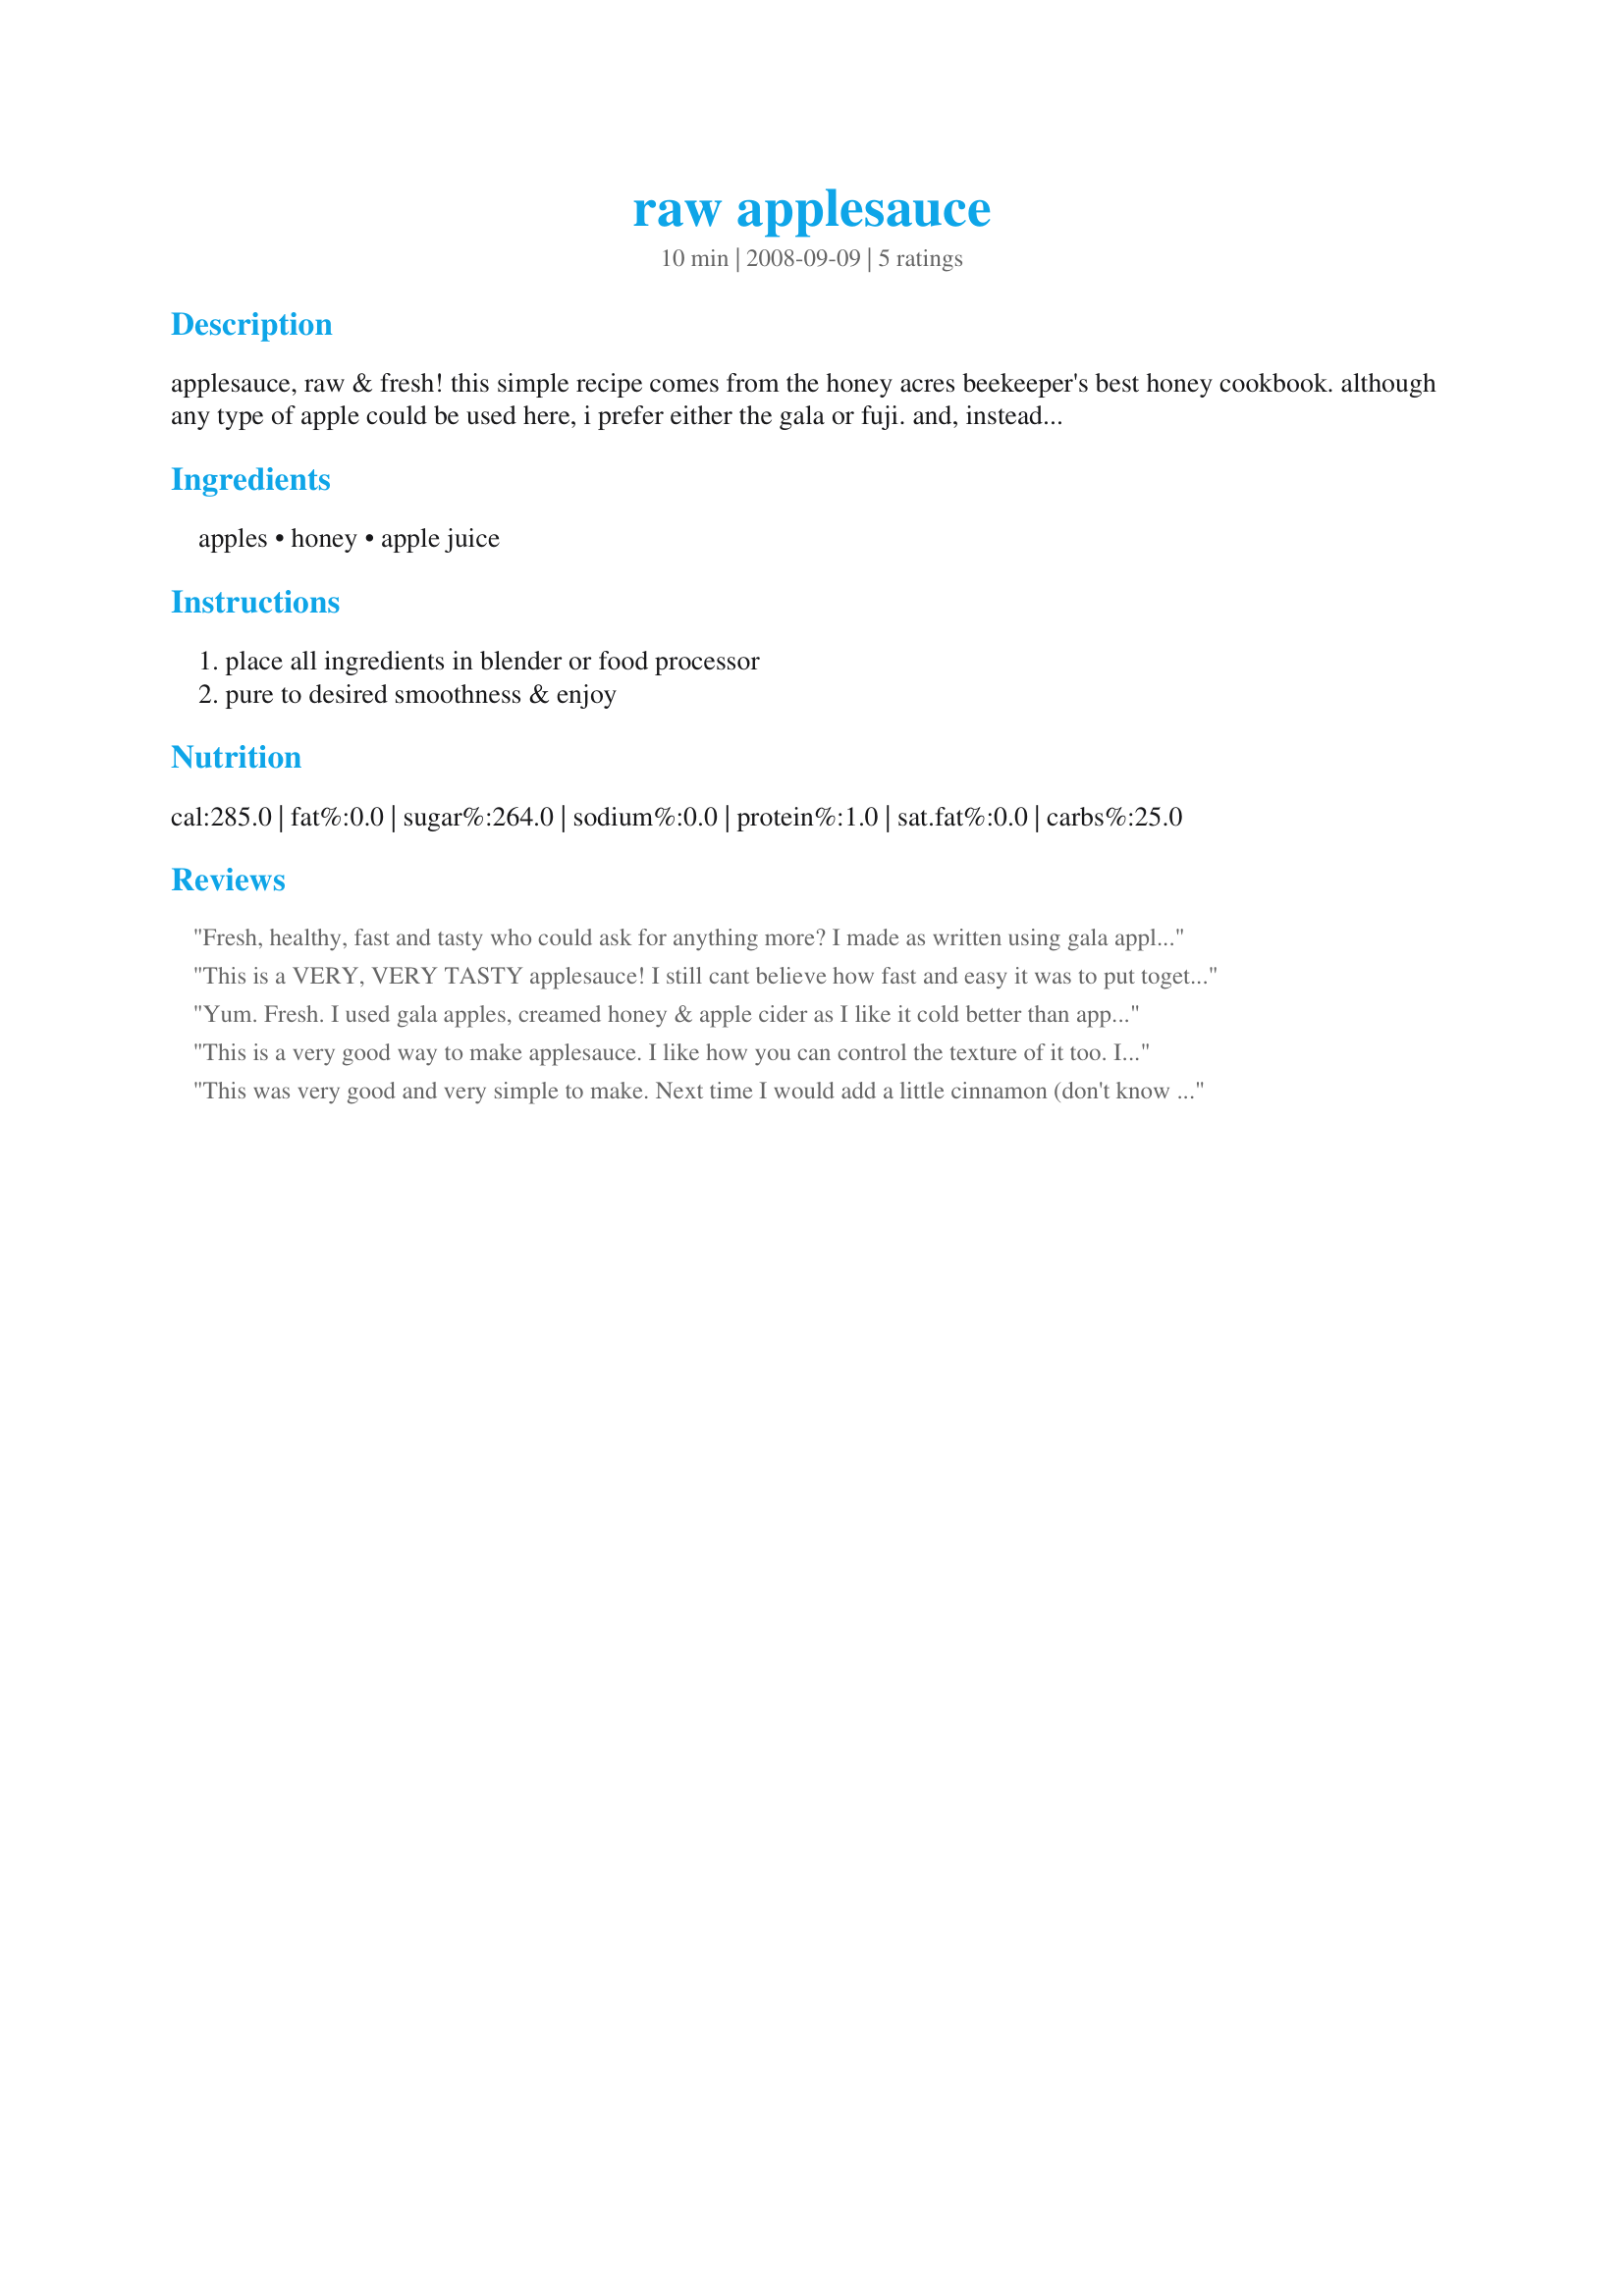
raw applesauce
Preparation time: 10 minutes

applesauce, raw & fresh! this simple recipe comes from the honey acres beekeeper's best honey cookbook. although any type of apple could be used here, i prefer either the gala or fuji. and, instead of apple juice, one could substitute orange juice or pineapple juice.

Ingredients:
apples, honey, apple juice

Steps:
place all ingredients in blender or food processor, pure to desired smoothness & enjoy

Reviews:
Fresh, healthy, fast and tasty who could ask for anything more? I made as written using gala apples; DH thought it was a bit sweet for his tasty so next time I will cut the honey just a tiny bit. Yes there will be a next time because this is a great recipe to have on hand for apple season, thanks for the post.
This is a VERY, VERY TASTY applesauce! I still cant believe how fast and easy it was to put together and how incredibly nice it tasted! Very fresh, fruity and with exactly the right amount of sweetness. I think I even like it better than cooked applesauce. As NELady I too was quite tempted to put in some cinnamon since I usually do that with my applesauce, but this really didnt need any add ins. Its perfect as is. I made half the recipe and still got 3 cups of applesauce out of it. Maybe cause my apples were rather big.
Anyways, thanks so much for sharing, Syd! This is a definite keeper.
Made for one of my "babies" during Spring PAC 2009.
Yum. Fresh. I used gala apples, creamed honey & apple cider as I like it cold better than apple juice. Like another reviewer noted it's nice to be able to control the texture which I like a bit chunky. Made for Special Event ~ Adopt a Veggie Tag!
This is a very good way to make applesauce. I like how you can control the texture of it too. I halved the recipe easily and we enjoyed it with our dinner tonight. I used Gala apples this time but could see using a mix of gala and fuji apples too. Thanks Syd. Made for your bonus in the Healthy Choices tag game.
This was very good and very simple to make. Next time I would add a little cinnamon (don't know why I think that apple sauce should always have cinnamon - must be a personal preference). Made for Newest 'Zaar Tag.
